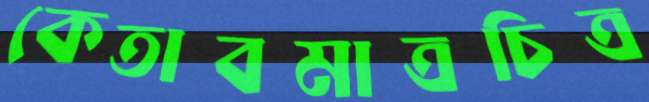
কেতাবমাত্রচিত্র